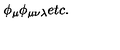
\phi _ { \mu } \phi _ { \mu \nu \lambda } e t c .